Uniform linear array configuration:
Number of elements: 48
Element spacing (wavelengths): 0.25
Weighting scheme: exponential
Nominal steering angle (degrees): -15
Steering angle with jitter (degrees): -16.272
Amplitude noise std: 0.05
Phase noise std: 0.05

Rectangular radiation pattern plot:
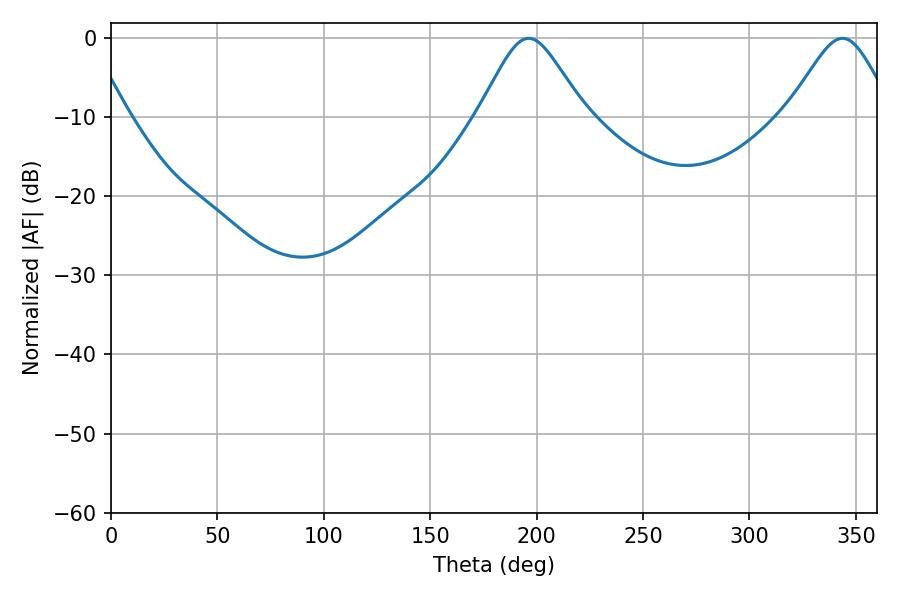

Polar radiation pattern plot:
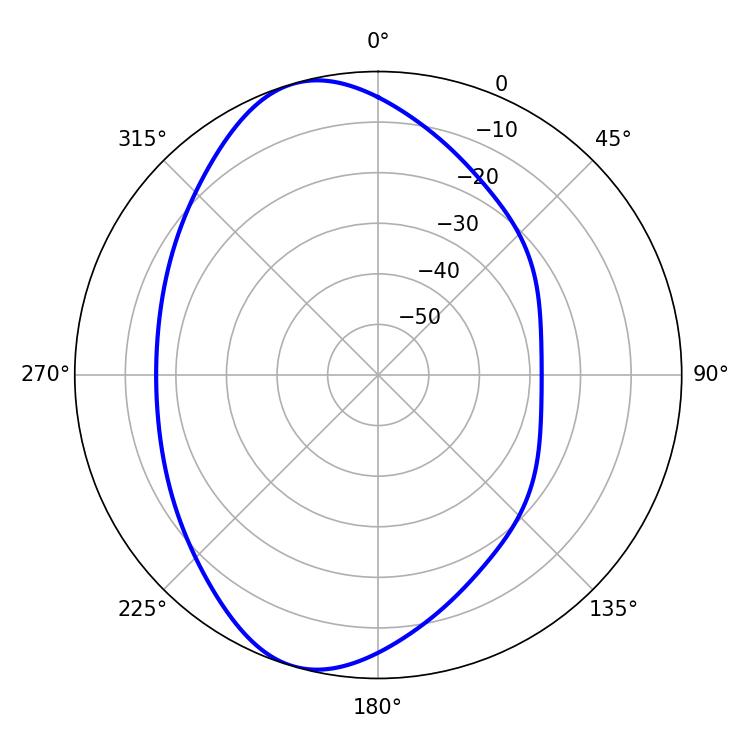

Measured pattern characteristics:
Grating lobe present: FALSE
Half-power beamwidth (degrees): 24.3
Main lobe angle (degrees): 196.2